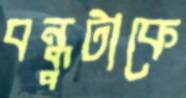
বন্ধুটাকে